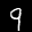
Label: 9